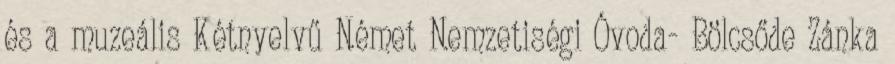
és a muzeális Kétnyelvű Német Nemzetiségi Óvoda- Bölcsőde Zánka